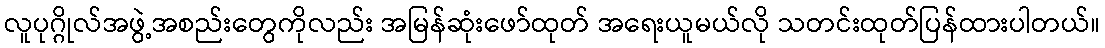
လူပုဂ္ဂိုလ်အဖွဲ့အစည်းတွေကိုလည်း အမြန်ဆုံးဖော်ထုတ် အရေးယူမယ်လို သတင်းထုတ်ပြန်ထားပါတယ်။